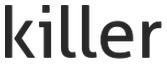
killer